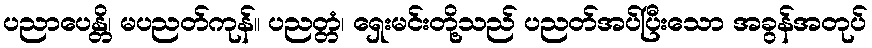
ပညာပေန္တိ၊ မပညတ်ကုန်။ ပညတ္တံ၊ ရှေးမင်းတို့သည် ပညတ်အပ်ပြီးသော အခွန်အတုပ်